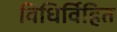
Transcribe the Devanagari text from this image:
विधिर्विहित